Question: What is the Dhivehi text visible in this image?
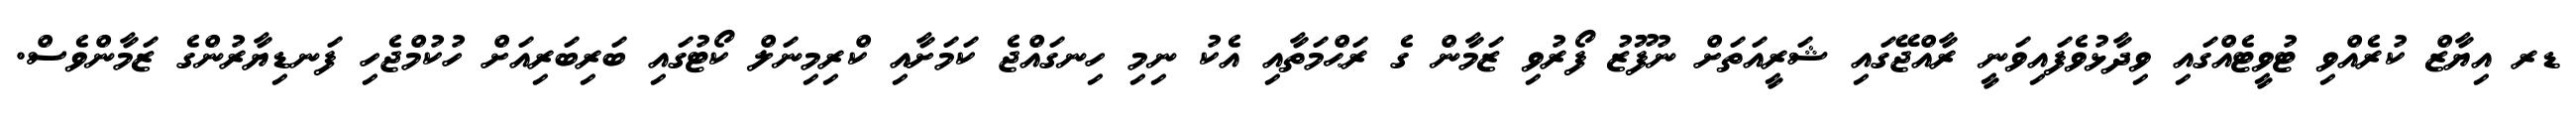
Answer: ޑރ އިޔާޒް ކުރެއްވި ޓުވީޓެއްގައި ވިދާޅުވެފައިވަނީ ރާއްޖޭގައި ޝަރީއަތަށް ނުފޫޒު ފޯރުވި ޒަމާން ގެ ރަޙްމަތާއި އެކު ނިމި ހިނގައްޖެ ކަމަށާއި ކްރިމިނަލް ކޯޓުގައި ބަރިބަރިއަށް ހުކުމްޖެހި ފަނޑިޔާރުންގެ ޒަމާންވެސް.